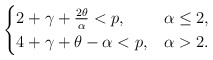
\begin{align*}\begin{cases}2 + \gamma + \frac{2\theta}{\alpha} < p , & \alpha\leq 2 , \\4+ \gamma+ \theta - \alpha < p, & \alpha > 2 .\end{cases}\end{align*}